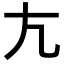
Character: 𡯁